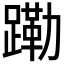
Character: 𬧊